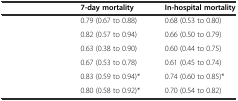
<table><thead><tr><td>[EMPTY_CELL]</td><td><b>7-day mortality</b></td><td><b>In-hospital mortality</b></td></tr></thead><tbody><tr><td>[EMPTY_CELL]</td><td>0.79 (0.67 to 0.88)</td><td>0.68 (0.53 to 0.80)</td></tr><tr><td>[EMPTY_CELL]</td><td>0.82 (0.57 to 0.94)</td><td>0.66 (0.50 to 0.79)</td></tr><tr><td>[EMPTY_CELL]</td><td>0.63 (0.38 to 0.90)</td><td>0.60 (0.44 to 0.75)</td></tr><tr><td>[EMPTY_CELL]</td><td>0.67 (0.53 to 0.78)</td><td>0.61 (0.45 to 0.74)</td></tr><tr><td>[EMPTY_CELL]</td><td>0.83 (0.59 to 0.94)*</td><td>0.74 (0.60 to 0.85)*</td></tr><tr><td>[EMPTY_CELL]</td><td>0.80 (0.58 to 0.92)*</td><td>0.70 (0.54 to 0.82)</td></tr></tbody></table>